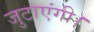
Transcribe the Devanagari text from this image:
जुटाएंगी।